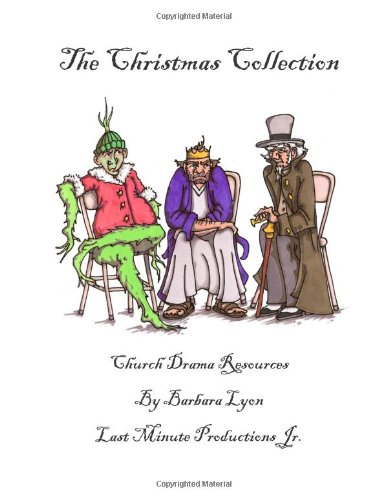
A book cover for The Christmas Collection: Church Drama Resources; Barbara Lyon; Literature & Fiction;